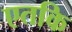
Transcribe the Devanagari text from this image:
एतकि